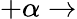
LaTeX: +\alpha\rightarrow